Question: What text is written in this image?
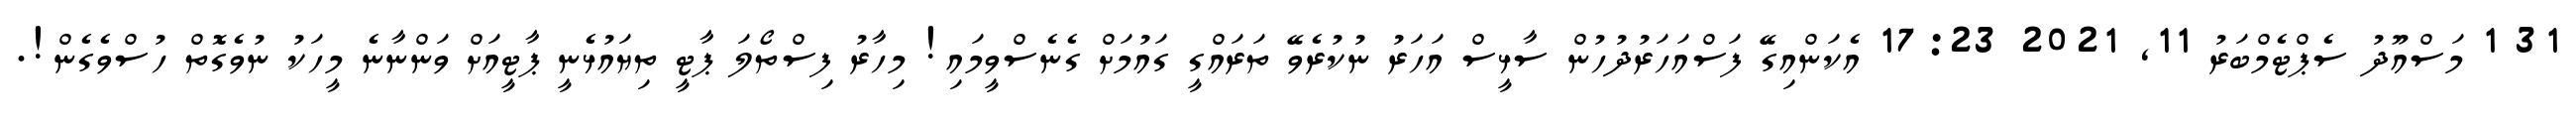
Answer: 31 1 މަސްއޫދު ސެޕްޓެމްބަރު 11, 2021 17:23 އެކަންއިގޭ ފަސްއަހަރުދުހުން ސާޅީސް އަހަރު ނުކުރެވޭ ތަރައްގީ ގައުމަށް ގެނެސްވީމައި! މިހާރު ފިސްތޯލަ ޕާޓީ ތިޔައުޅެނީ ޕާޓީއަށް ވަންނާނެ މީހަކު ނުވެގޮތް ހުސްވެގެން!.